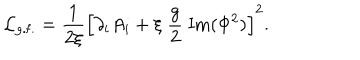
{ \cal L } _ { \mathrm { g . f . } } = \frac { 1 } { 2 \xi } \left[ \partial _ { i } A _ { i } + \xi \; \frac { g } { 2 } \; \mathrm { I m } ( \Phi ^ { 2 } ) \right] ^ { 2 } .